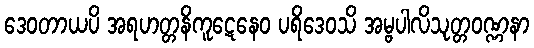
ဒေဝတာယပိ အရဟတ္တနိကူဋေနေဝ ပရိဒေဝသိ အမ္ဗပါလိသုတ္တဝဏ္ဏနာ